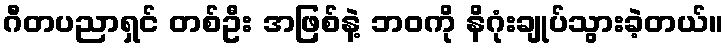
ဂီတပညာရှင် တစ်ဦး အဖြစ်နဲ့ ဘဝကို နိဂုံးချုပ်သွားခဲ့တယ်။